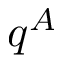
q ^ { A }